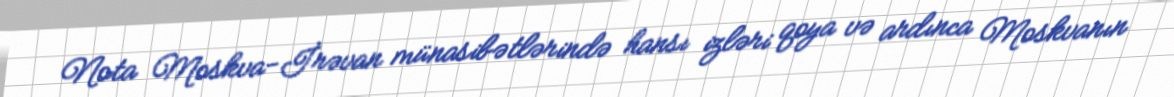
Nota Moskva-İrəvan münasibətlərində hansı izləri qoya və ardınca Moskvanın